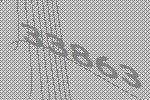
33863